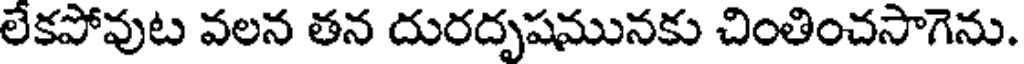
లేకపోవుట వలన తన దురదృషమునకు చింతించసాగెను.